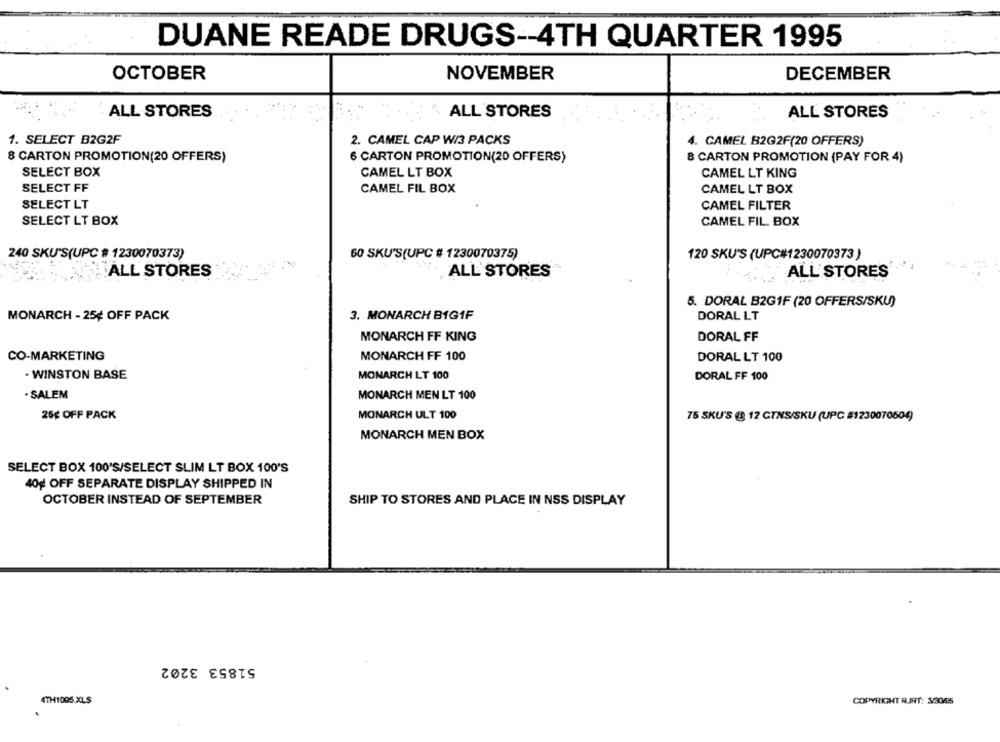
DUANE READE DRUGS-4TH QUARTER 1995
OCTOBER
NOVEMBER
DECEMBER
ALL STORES
ALL STORES
ALL STORES
1. SELECT B2G2F
2. CAMEL CAP W/3 PACKS
4. CAMEL B2G2F(20 OFFERS)
8 CARTON PROMOTION(20 OFFERS)
6 CARTON PROMOTION(20 OFFERS)
8 CARTON PROMOTION (PAY FOR 4)
SELECT BOX
CAMEL LT BOX
CAMEL LT KING
SELECT FF
CAMEL FIL BOX
CAMEL LT BOX
SELECT LT
CAMEL FILTER
SELECT LT BOX
CAMEL FIL. BOX
240 SKU'S(UPC # 1230070373)
60 SKU'S(UPC # 1230070375)
120 SKU'S (UPC#1230070373)
ALL STORES
ALL STORES
ALL STORES
5. DORAL B2G1F (20 OFFERS/SKU)
MONARCH - 25¢ OFF PACK
3. MONARCH BIGIF
DORAL LT
MONARCH FF KING
DORAL FF
CO-MARKETING
MONARCH FF 100
DORAL LT 100
- WINSTON BASE
MONARCH LT 100
DORAL FF 100
- SALEM
MONARCH MEN LT 100
25¢ OFF PACK
MONARCH ULT 100
75 SKU'S @ 12 CTNS/SKU (UPC #1230070604)
MONARCH MEN BOX
SELECT BOX 100'S/SELECT SLIM LT BOX 100'S
40g OFF SEPARATE DISPLAY SHIPPED IN
OCTOBER INSTEAD OF SEPTEMBER
SHIP TO STORES AND PLACE IN NSS DISPLAY
51853 3202
4TH1005 XLS
COPYRIGHT RIRT: 3/3045
.